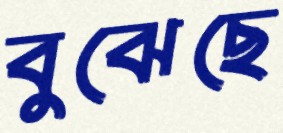
বুঝেছে